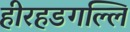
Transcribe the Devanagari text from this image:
हीरहडगल्लि